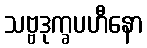
သဗ္ဗဒုက္ခပဟီနော